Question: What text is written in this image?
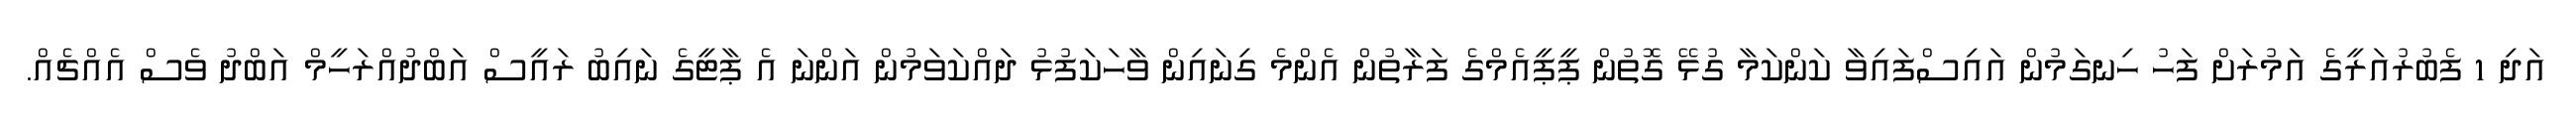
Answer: އަދި 1 ފެބުރުއަރީގެ އަމުރަށް ފަހު ހިނގަމުން އައިސްފައިވާ ކަންކަމާ ގުޅޭ ގޮތުން ޕީޕީއެމްގެ ފަރާތުން އެންމެ ގިނައިން ވާހަކަފުޅު ދައްކަވަމުން އަންނަ އެ ޕާޓީގެ ނައިބު ރައީސް އަބްދުއްރަހީމް އަބްދު ވެސް އެއްޗެއް.